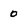
Character: 0